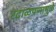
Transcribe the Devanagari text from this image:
रटाळपणामुळे